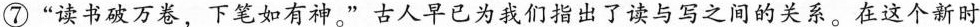
⑦”读书破万卷，下笔如有神。”古人早已为我们指出了读与写之间的关系。在这个新时